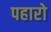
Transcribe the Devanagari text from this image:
पहारो